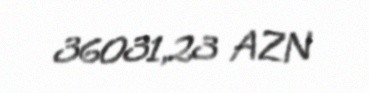
36031,23 AZN